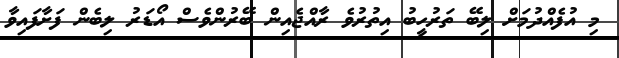
މި އުފެއްދުމަށް ލިބޭ ތަރުހީބު އިތުރުވެ ރާއްޖެއިން ބޭރުންވެސް އޯޑަރު ލިބެން ފަށާފައިވާ